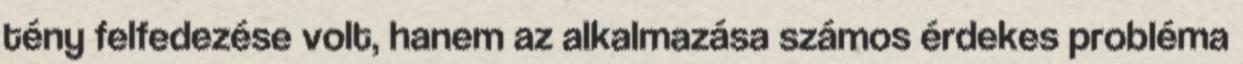
tény felfedezése volt, hanem az alkalmazása számos érdekes probléma